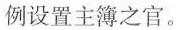
例设置主簿之官。